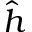
\hat { h }